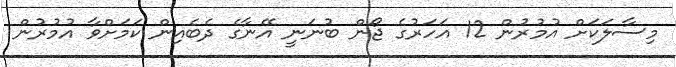
މިސާލަކަށް އުމުރުން 12 އަހަރުގެ ޖޯން ބުނަނީ އޭނާގެ ދެބެއިން ކަމަށްވާ އުމުރުން